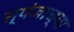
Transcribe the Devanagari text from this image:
स्पंजाच्या